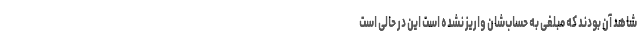
شاهد آن بودند که مبلغی به حساب‌شان واریز نشده است این در حالی است